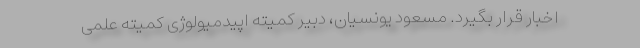
اخبار قرار بگیرد. مسعود یونسیان، دبیر کمیته اپیدمیولوژی کمیته علمی